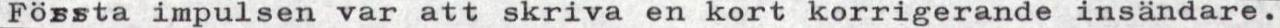
Första impulsen var att skriva en kort korrigerande insändare.